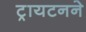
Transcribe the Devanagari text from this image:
ट्रायटनने